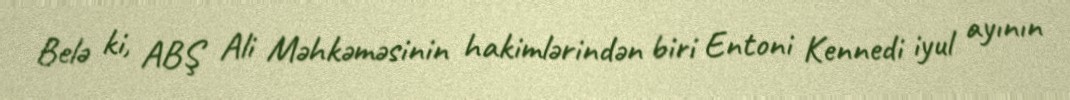
Belə ki, ABŞ Ali Məhkəməsinin hakimlərindən biri Entoni Kennedi iyul ayının